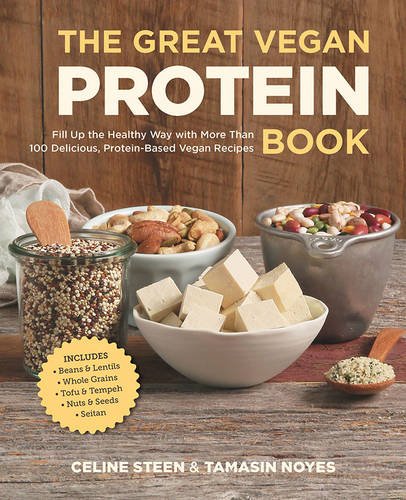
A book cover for The Great Vegan Protein Book: Fill Up the Healthy Way with More than 100 Delicious Protein-Based Vegan Recipes - Includes - Beans & Lentils - Plants - Tofu & Tempeh - Nuts - Quinoa (Great Vegan Book); Celine Steen; Cookbooks, Food & Wine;